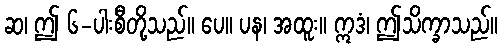
ဆ၊ ဤ ၆-ပါးစီတို့သည်။ ပေ။ ပန၊ အထူး။ ဣဒံ၊ ဤသိက္ခာသည်။